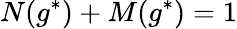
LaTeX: N(g^{*})+M(g^{*})=1